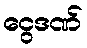
ငွေဒဏ်